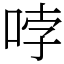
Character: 哱